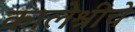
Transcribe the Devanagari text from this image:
कालेश्रीचे